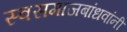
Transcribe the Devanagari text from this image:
स्वसमाजबांधवांनी